Medical and sanitary report of the native army of Madras for the year
Year: 1872
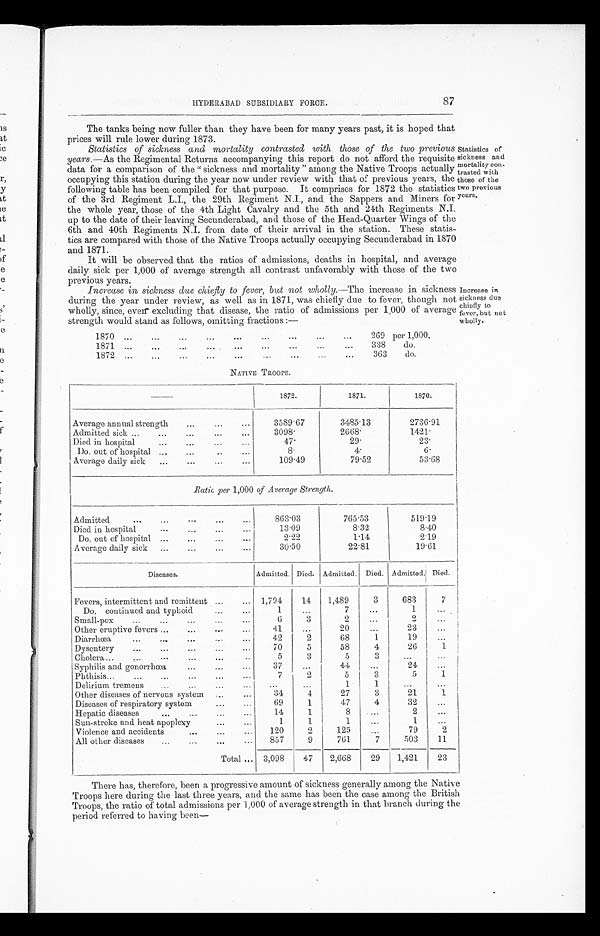
HYDERABAD SUBSIDIARY FORCE. 87
The tanks being now fuller than they have been for many years past, it is hoped that
prices will rule lower during 1873.
Statistics of sickness and mortality contrasted with, those of the two previous
years.—As the Regimental Returns accompanying this report do not afford the requisite
data for a comparison of the " sickness and mortality " among the Native Troops actually
occupying this station during the year now under review with that of previous years, the
following table has been compiled for that purpose. It comprises for 1872 the statistics
of the 3rd Regiment L.I., the 29th Regiment N.I., and the Sappers and Miners for
the whole year, those of the 4th Light Cavalry and the 5th and 24th Regiments N.I.
up to the date of their leaving Secunderabad, and those of the Head-Quarter Wings of the
6th and 40th Regiments N.I. from date of their arrival in the station. These statis-
tics are compared with those of the Native Troops actually occupying Secunderabad in 1870
and 1871.
It will be observed that the ratios of admissions, deaths in hospital, and average
daily sick per 1,000 of average strength all contrast unfavorably with those of the two
previous y ears.
Increase in, sickness clue chiefly to fever, but not wholly.—The increase in sickness
during the year under review, as well as in 1871, was chiefly due to fever, though not
wholly, since, even" excluding that disease, the ratio of admissions per 1 ,000 of average
strength would stand as follows, omitting fractions :—
Statistics of
sickness and
mortality con-
trasted with
those of the
two previous
years.
Increase in
sickness duo
chiefly- to
fever, but no t
'wholly.
1870
269 per 1,000.
1871
do.
1872
363
do.
NATIVE TROOPS.
1872.
1871.
1870.
Average annual strength
3589.67
3485.13
2736.91
Admitted sick
3 0 9 8 .
2668.
1 4 2 1 .
Died in hospital
47.
2 9 .
2 3
Do. out of hospital
8 .
4.
6 .
Average daily sick
109.49
79. 52
53.68
Ratio per 1,000 of Average Strength.
Admitted
863.03
765.53
519.19
Died in hospital
13 . 09
8.32
8.40
Do. out of hospital
2.22
1 . 1 4
2.19
Average daily sick
30.50
22.81
19.61
Diseases.
Admitted. Died. Admitted. Died. Admitted. Died.
Fevers, intermittent and remittent
1,794
14
1,489
3
683
7
Do. continued and typhoid
1
...
7
...
1
...
S mall-pox
6
3
2
...
2
...
Other eruptive fevers
41
...
20
...
23
...
Diarrhœa
42
2
68
1
19
...
Dysentery
70
5
58
4
26
1
Cholera
5
3
5
3
...
...
Syphilis and gonorrhœa
37
...
44
...
24
...
Phthisis...
...
...
7
2
5
3
5
1
Delirium tremens
...
...
1
1
...
...
Other diseases of nervous system
34
4
27
3
21
1
Diseases of respiratory system
69
1
47
4
32
...
Hepatic diseases
1 4
1
8 ...
2
...
Sun-stroke and heat apoplexy
1
1
1
...
1
...
Violence and accidents
120
2
125
...
79
2
All other disease
857
9
761
7
503
11.
Total
3,098
47
2,668
29
1,421
23
There has, therefore, been a progressive amount of sickness generally among the Native
Troops here during the last three years, and the same has been. the case among the British
Troops, the ratio of total admissions per 1,000 of average strength in that branch during the
period referred to having been